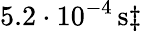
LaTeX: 5.2\cdot 10^{-4}\, \mathrm{s}\ddagger